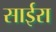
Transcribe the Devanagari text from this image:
साईरा